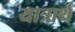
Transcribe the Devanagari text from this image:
यात्रार्थ